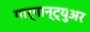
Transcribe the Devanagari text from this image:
गार्गान्ट्युअर